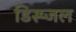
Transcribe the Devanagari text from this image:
डिस्प्जल